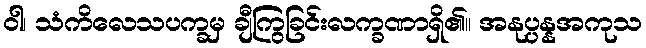
ဝါ၊ သံကိလေသပက္ခမှ ချီကြွခြင်းလက္ခဏာရှိ၏။ အနုပ္ပန္နအကုသ